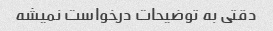
دقتی به توضیحات درخواست نمیشه